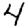
Digit: 4